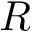
R